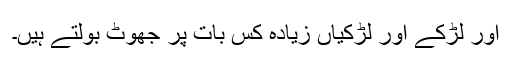
اور لڑکے اور لڑکیاں زیادہ کس بات پر جھوٹ بولتے ہیں۔